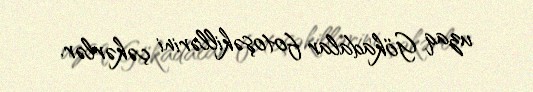
uzaq Gökadalar fotoşəkillərini çəkərlər.